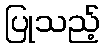
ပြုသည့်